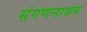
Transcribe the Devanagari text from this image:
संगणनाश्रम